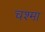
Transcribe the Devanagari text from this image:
चश्‍मा